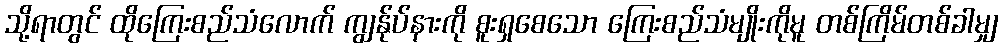
သို့ရာတွင် ထိုကြေးစည်သံလောက် ကျွန်ုပ်နားကို စူးရှစေသော ကြေးစည်သံမျိုးကိုမူ တစ်ကြိမ်တစ်ခါမျှ